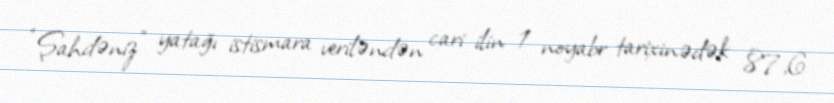
“Şahdəniz” yatağı istismara veriləndən cari ilin 1 noyabr tarixinədək 87,6